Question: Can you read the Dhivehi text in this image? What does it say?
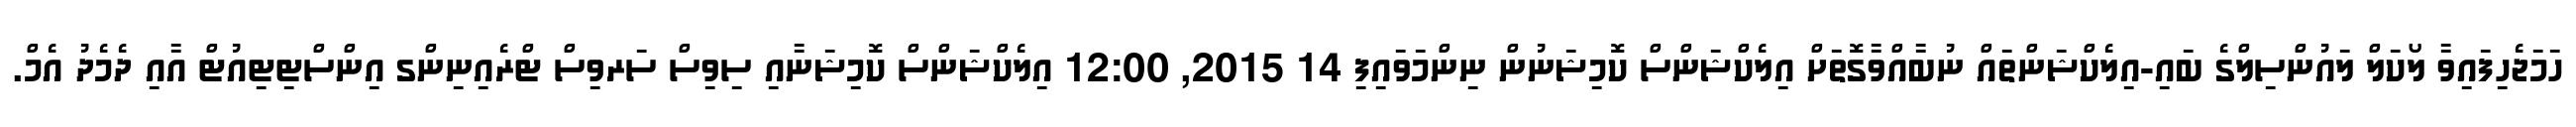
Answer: ހަމަޖެހިފައިވާ ލޯކަލް ލައުންސިލްގެ ބައި-އިލެކްޝަންތައް ނުބާއްވާގޮތަށް އިލެކްޝަންސް ކޮމިޝަނުން ނިންމަވައިފި 14 2015, 12:00 އިލެކްޝަންސް ކޮމިޝަނާއި ސިވިސް ސަރވިސް ޓްރެއިނިންގ އިންސްޓިޓިއުޓް އާއި ދެމެދު އެމް.